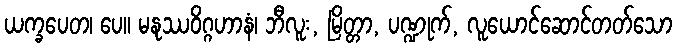
ယက္ခပေတ၊ ပေ။ မနုဿဝိဂ္ဂဟာနံ၊ ဘီလူး, မြိတ္တာ, ပဏ္ဍုက်, လူယောင်ဆောင်တတ်သော